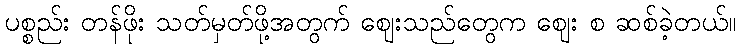
ပစ္စည်း တန်ဖိုး သတ်မှတ်ဖို့အတွက် ဈေးသည်တွေက ဈေး စ ဆစ်ခဲ့တယ်။